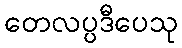
တေလပ္ပဒီပေသု